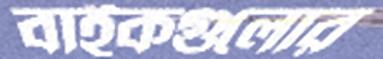
বাইকগুলোর